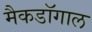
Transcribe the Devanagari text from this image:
मैकडॉगाल